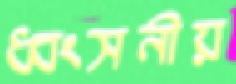
ধ্বংসনীয়